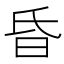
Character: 昏